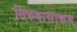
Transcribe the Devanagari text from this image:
तिरुवासाकम